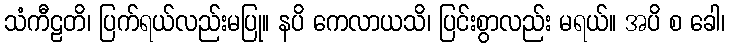
သံကီဠတိ၊ ပြက်ရယ်လည်းမပြု။ နပိ ကေလာယသိ၊ ပြင်းစွာလည်း မရယ်။ အပိ စ ခေါ၊